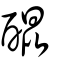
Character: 醌